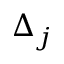
\Delta _ { j }